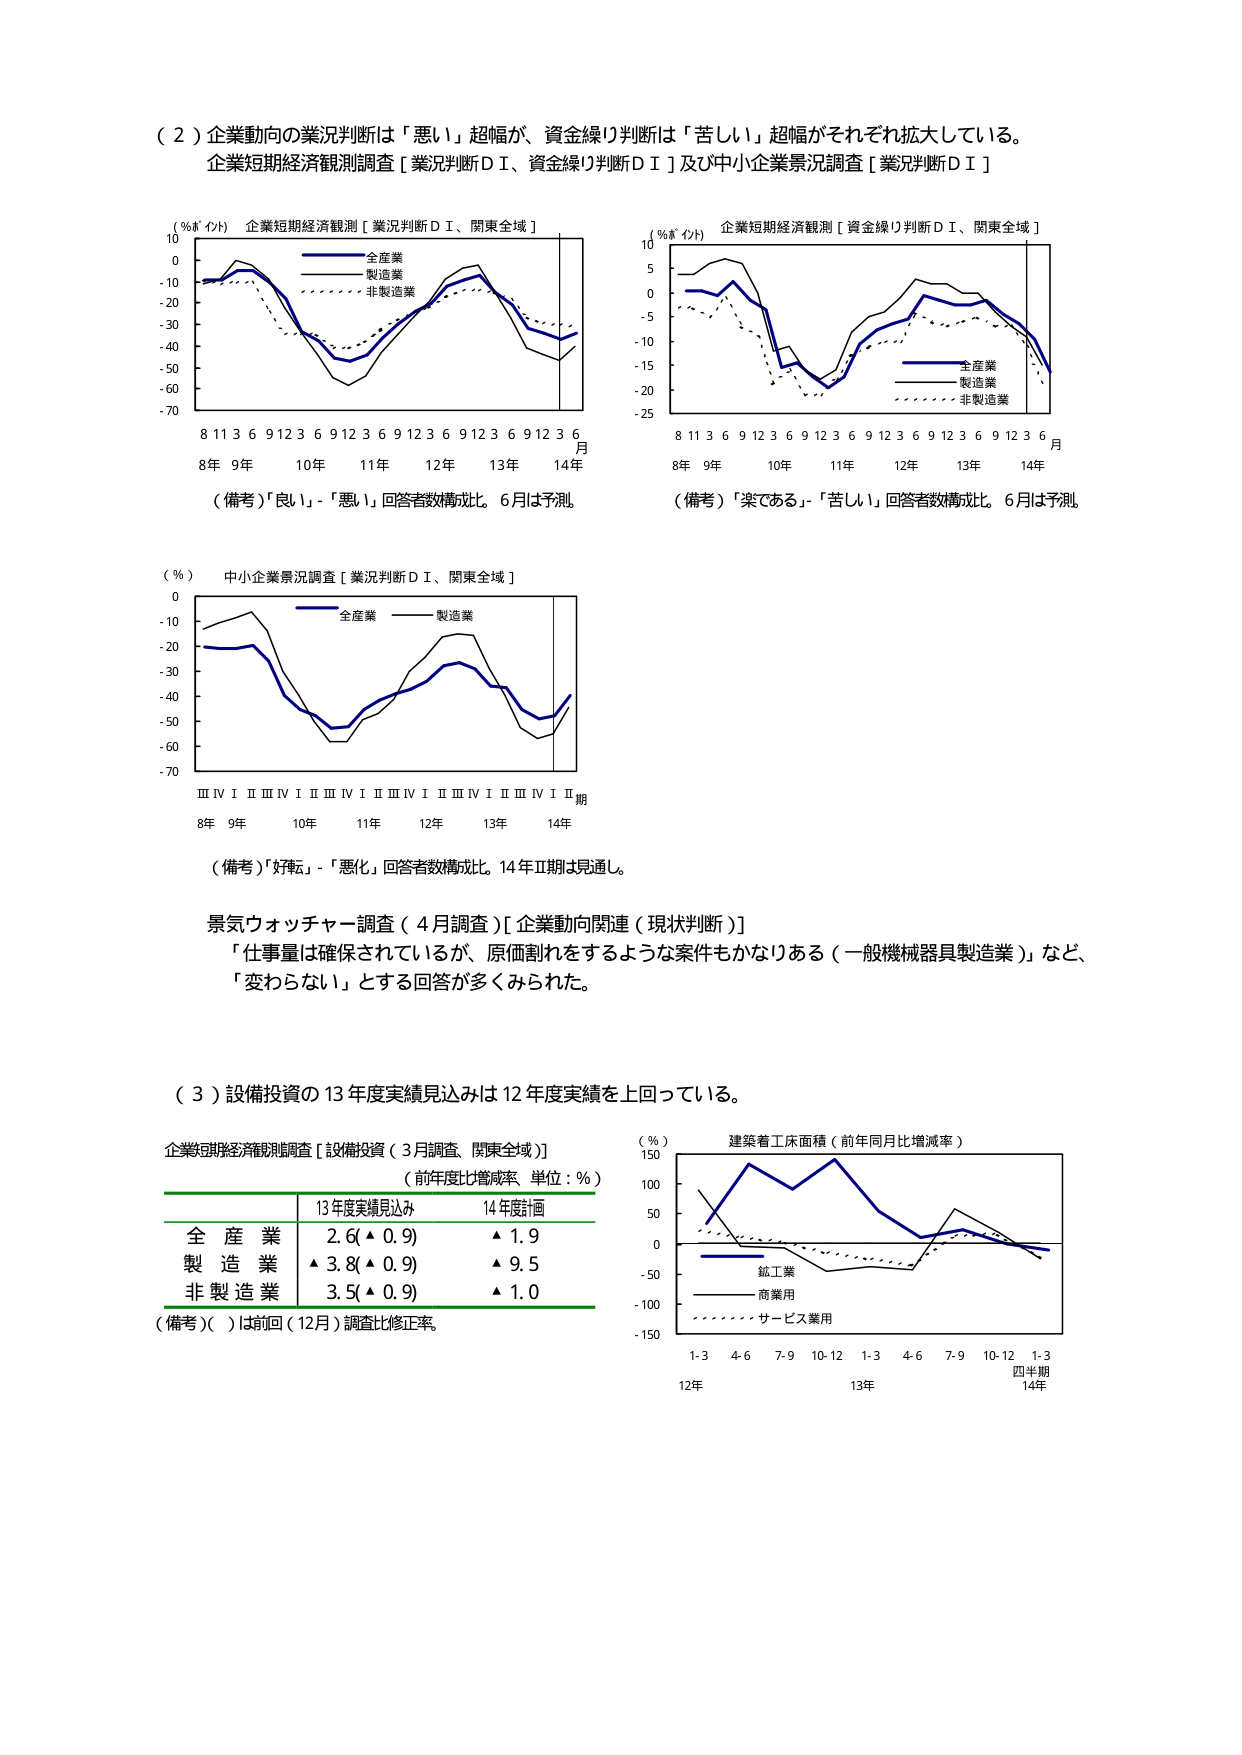
（２）企業動向の業況判断は「悪い」超幅が、資金繰り判断は「苦しい」超幅がそれぞれ拡大している。
企業短期経済観測調査［業況判断ＤＩ、資金繰り判断ＤＩ］及び中小企業景況調査［業況判断ＤＩ］

（％ポイント）企業短期経済観測［業況判断ＤＩ、関東全域］
全産業
製造業
非製造業
8 11 3 6 9 12 3 6 9 12 3 6 9 12 3 6 9 12 3 6 月
8年 9年 10年 11年 12年 13年 14年
（備考）「良い」-「悪い」回答者数構成比。6月は予測

（％ポイント）企業短期経済観測［資金繰り判断ＤＩ、関東全域］
全産業
製造業
非製造業
8 11 3 6 9 12 3 6 9 12 3 6 9 12 3 6 9 12 3 6 月
8年 9年 10年 11年 12年 13年 14年
（備考）「楽である」-「苦しい」回答者数構成比。6月は予測

（％）中小企業景況調査［業況判断ＤＩ、関東全域］
全産業
製造業
ⅢⅣⅠⅡⅢⅣⅠⅡⅢⅣⅠⅡⅢⅣⅠⅡⅢⅣⅠⅡ期
8年 9年 10年 11年 12年 13年 14年
（備考）「好転」-「悪化」回答者数構成比。14年Ⅱ期は見通し。

景気ウォッチャー調査（4月調査）［企業動向関連（現状判断）］
「仕事量は確保されているが、原価割れをするような案件もかなりある（一般機械器具製造業）」など、
「変わらない」とする回答が多くみられた。

（３）設備投資の13年度実績見込みは12年度実績を上回っている。

企業短期経済観測調査［設備投資（3月調査、関東全域）］
（前年度比増減率 単位：％）
13年度実績見込み 14年度見通し
全産業 2.6（▲0.9） ▲1.9
製造業 ▲3.8（▲0.9） ▲9.5
非製造業 3.5（▲0.9） ▲1.0
（備考）（ ）は前回（12月）調査比修正率。

（％）建築着工床面積（前年同月比増減率）
鉱工業
商業用
サービス業用
1-3 4-6 7-9 10-12 1-3 4-6 7-9 10-12 1-3
12年 13年 四半期 14年